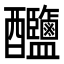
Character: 𨤎